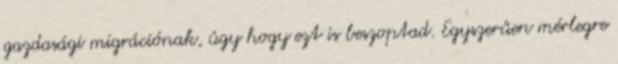
gazdasági migrációnak, úgy hogy ezt is beszoptad. Egyszerűen mérlegre